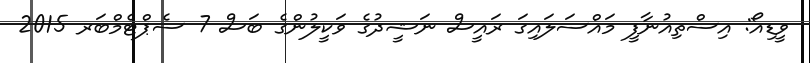
ވީޑިއޯ: އިސްތިއުނާފީ މައްސަލައިގަ ރައީސް ނަޝީދުގެ ވަކީލުންގެ ބަސް 7 ސެޕްޓެމްބަރ 2015